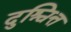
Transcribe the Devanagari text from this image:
दुश्चित्त